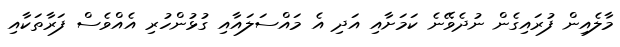
މާލެއިން ފުރައިގެން ނުދެވޭނެ ކަމަށާއި އަދި އެ މައްސަލައާއި ގުޅުންހުރި އެއްވެސް ފަރާތަކާއި